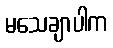
မသေချာပါက